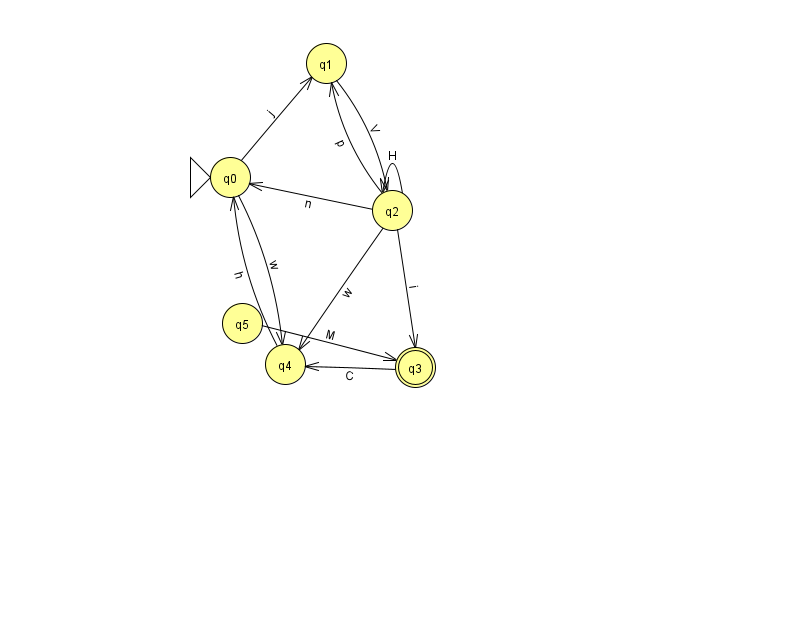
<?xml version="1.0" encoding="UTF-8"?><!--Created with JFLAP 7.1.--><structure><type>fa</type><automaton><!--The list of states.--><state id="0" name="q0"><x>230.0</x><y>164.0</y><initial/></state><state id="1" name="q1"><x>326.0</x><y>50.0</y></state><state id="2" name="q2"><x>392.0</x><y>197.0</y></state><state id="3" name="q3"><x>415.0</x><y>354.0</y><final/></state><state id="4" name="q4"><x>285.0</x><y>351.0</y></state><state id="5" name="q5"><x>242.0</x><y>310.0</y></state><!--The list of transitions.--><transition><from>0</from><to>1</to><read>j</read></transition><transition><from>3</from><to>4</to><read>C</read></transition><transition><from>0</from><to>4</to><read>w</read></transition><transition><from>2</from><to>4</to><read>w</read></transition><transition><from>5</from><to>3</to><read>M</read></transition><transition><from>2</from><to>1</to><read>p</read></transition><transition><from>2</from><to>2</to><read>H</read></transition><transition><from>4</from><to>0</to><read>h</read></transition><transition><from>1</from><to>2</to><read>V</read></transition><transition><from>2</from><to>0</to><read>n</read></transition><transition><from>2</from><to>3</to><read>i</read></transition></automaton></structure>